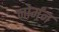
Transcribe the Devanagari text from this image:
नोर्मंन